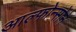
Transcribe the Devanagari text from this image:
आल्फोन्सोने